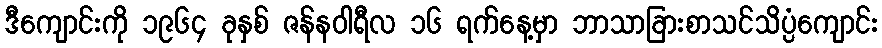
ဒီကျောင်းကို ၁၉၆၄ ခုနှစ် ဇန်နဝါရီလ ၁၆ ရက်နေ့မှာ ဘာသာခြားစာသင်သိပ္ပံကျောင်း